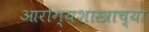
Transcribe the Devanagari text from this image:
आरोग्यशास्त्राच्या